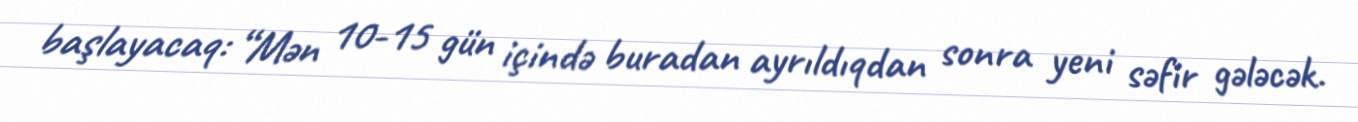
başlayacaq: “Mən 10-15 gün içində buradan ayrıldıqdan sonra yeni səfir gələcək.